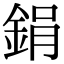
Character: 鋗